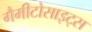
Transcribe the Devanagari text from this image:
गैमीटोसाइट्स